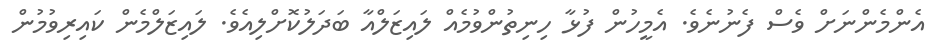
އެންމެންނަށް ވެސް ފެނުނެވެ. އެމީހުން ފުޅާ ހިނިތުންވުމެއް ލައިޒަލްއާ ބަދަލުކޮށްލިއެވެ. ލައިޒަލްމެން ކައިރިވުމުން